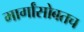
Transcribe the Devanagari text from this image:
मार्गांसोबतच